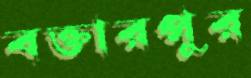
বক্তারপুর